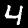
Label: 4